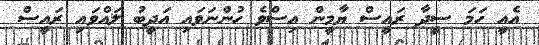
އެއީ ހަމަ ސީދާ ރައީސް ޔާމީން އިސްވެ ހުންނަވައި އަދީބު ލައްވައި ރައީސް